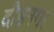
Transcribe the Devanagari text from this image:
दौड़नगर